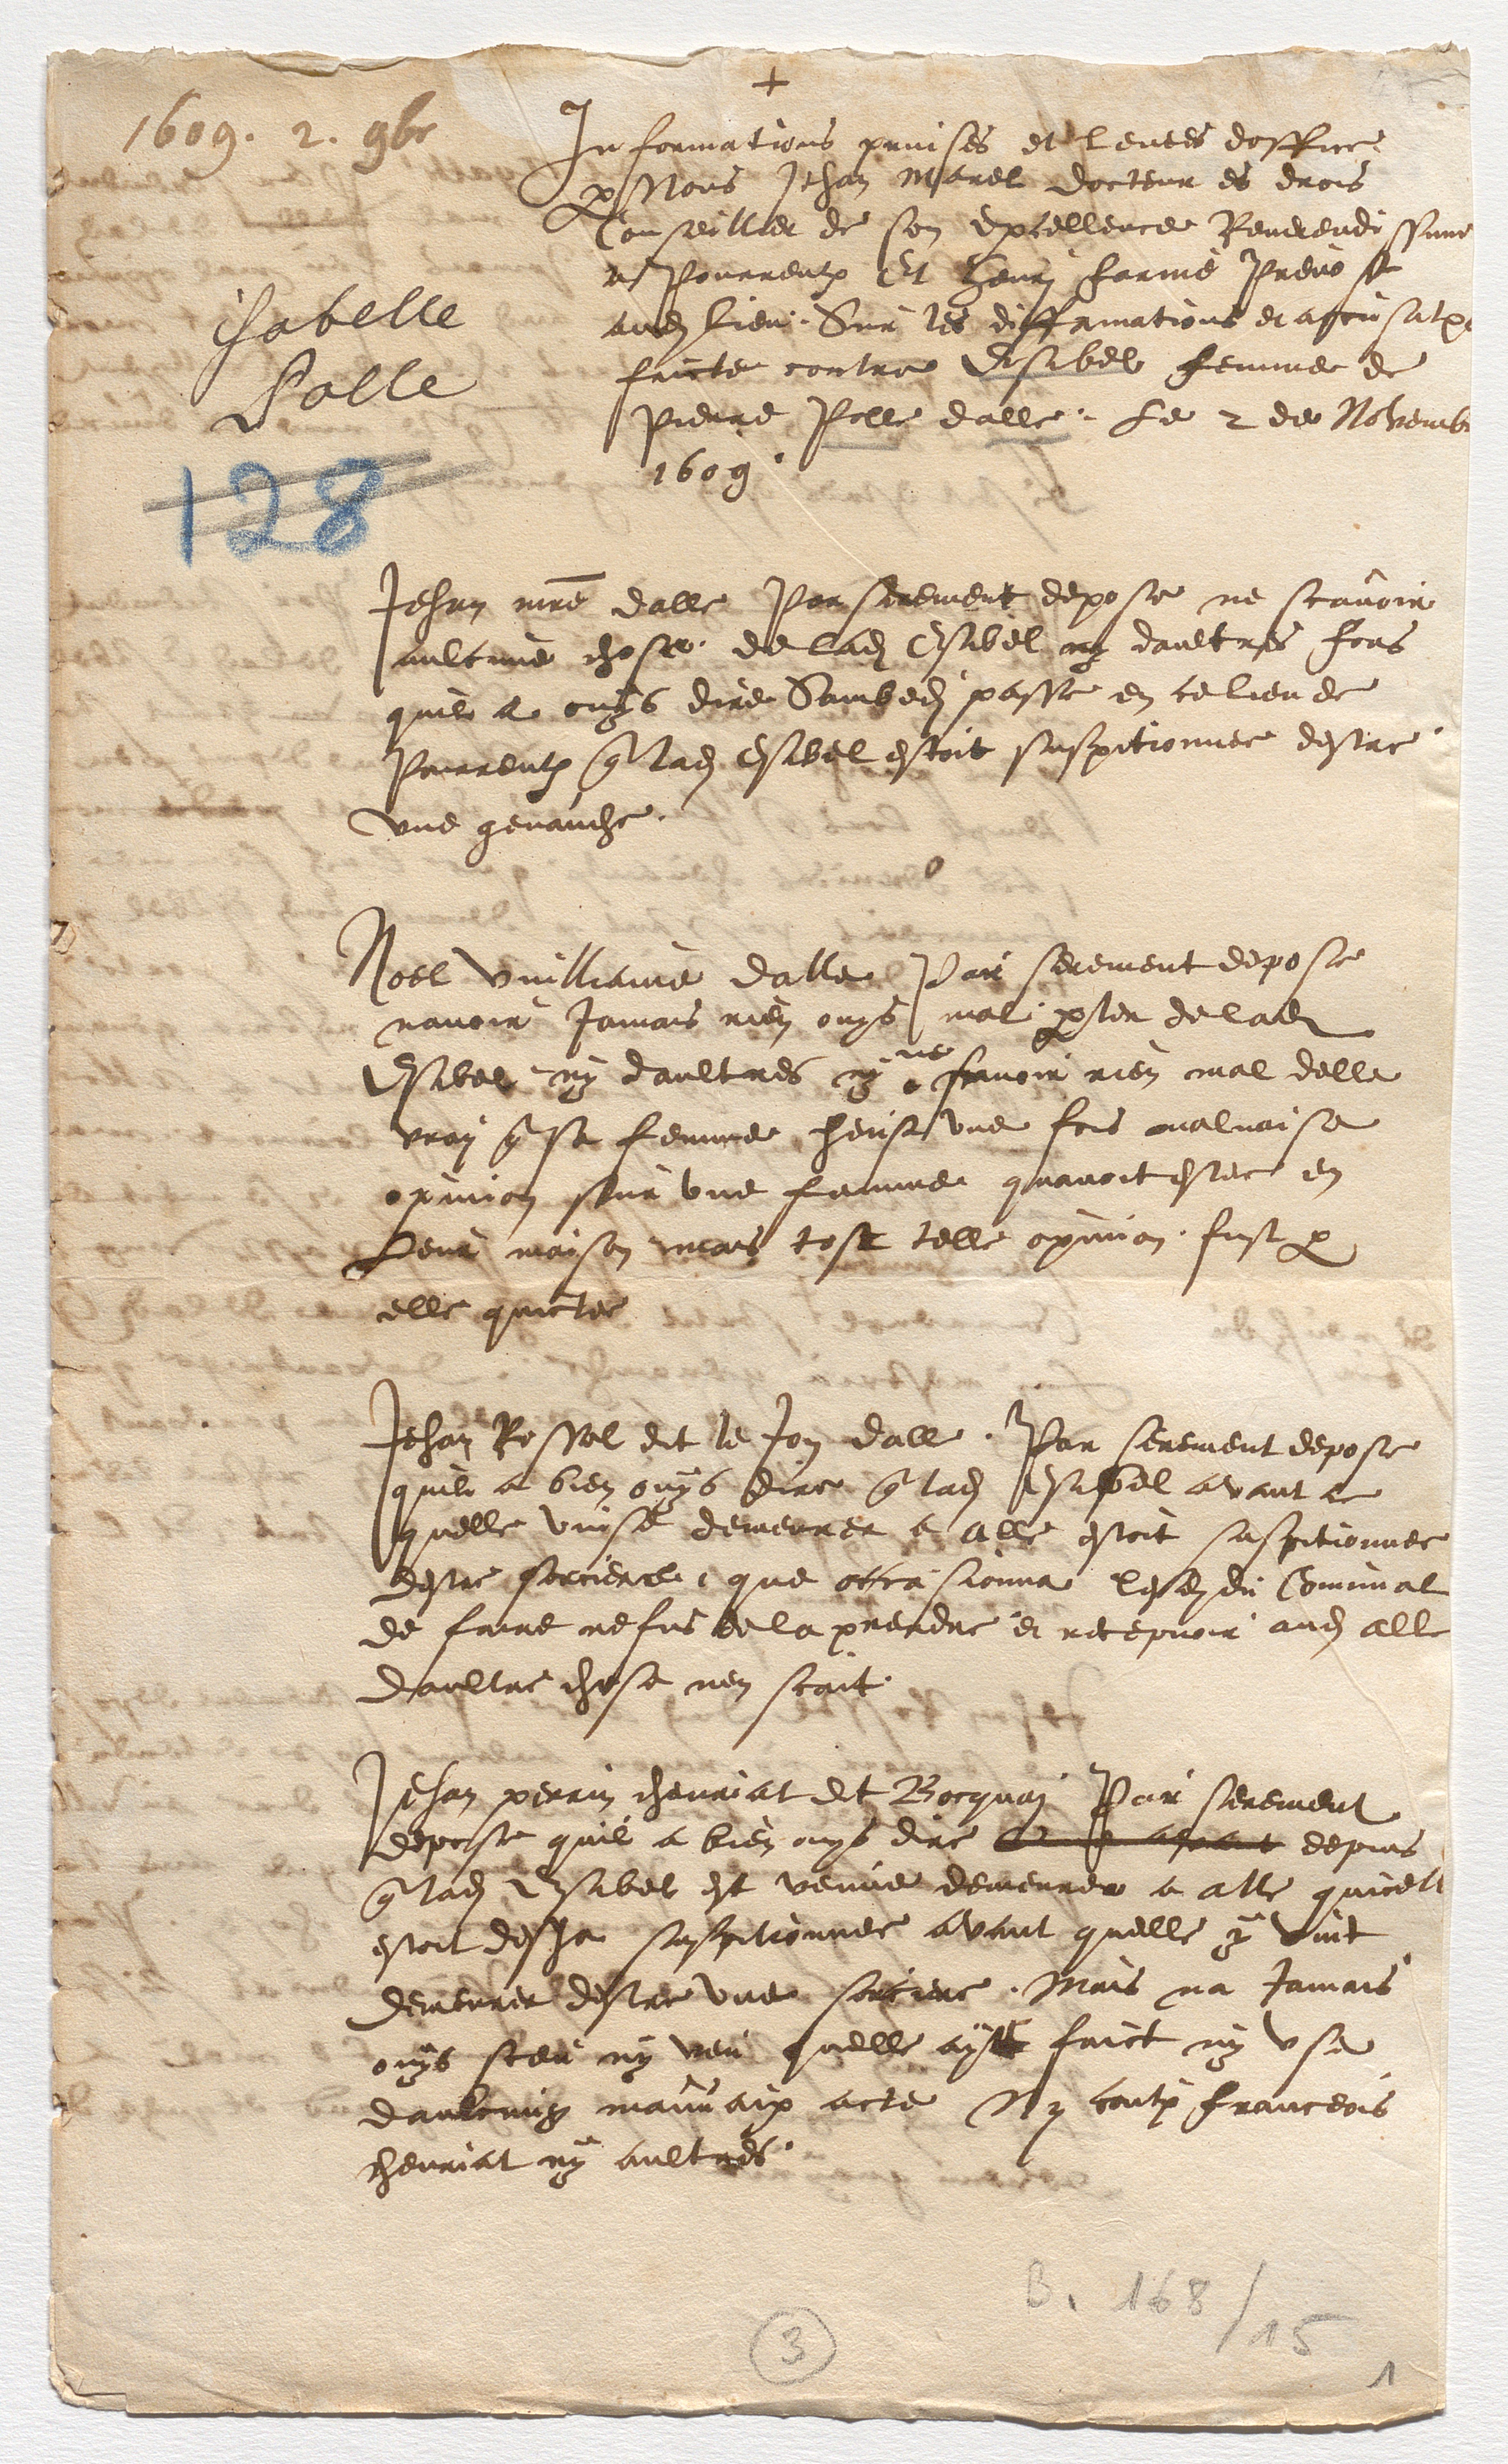
+
1609. 2 9bre
Isabelle
Polle
Informations prinses et levees doffice
par nous Jehan Marel docteur es drois
conseillier de son Excellence Reverendissime
a Pourrentruy Et henri farine Prevost
audit lieu Sur les diffamations et accusation
faicte contre Esibel femme de
Pierre Polle dalle Le 2 de Novembre
1609

Jehan maitre dalle Par serement depose ne scavoir
aulcune chose de ladite Esibel ny daultres fors
quil a ouys dire Sambedit passe en ce lieu de
Pourrentruy que ladite Esibel estoit suspitionnee destre
une genauche
Noble Vuilliame dalle Par serement depose
navoir jamais rien ouys mal parler de ladite
Esabel ny daultres ny
ne
scavoir rien mal delle
vrai que sa femme heust une fois malvaise
opinion sur une femme quavoit estee en
Leur maison Mais tost telle opinon fust a
elle quictee

Jehan Rossel dit le Jon dalle Par serement depose
quil a bien ouys dire que ladite Esabel avant ce
quelle vinse demeurer a Alle estoit suspitionnee
destre sorciere, que occasionne lesdits du Comunal
de faire refus de la prendre et recepvoir audit Alle
daultre chose nen scait
Jehan perrin chevriat dit Borquin Par serement
depose quil a bien ouys dire Que avant depuis
que ladite Esibel est venue demeureu a alle quicelle
estoit desja suspitionnee avant quelle y vint
demeurer destre une sorciere, Mais na jamais
ouys sceu ny veu quelle ayt faict ny use
daulcung mauvaix acte Ny contre franceois
chevriat ny aultres

3

1